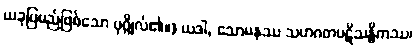
ယခုပြမည်ဖြစ်သော ပုဂ္ဂိုလ်၏။) ယဒါ, သောမနဿ သဟဂတပဋိသန္ဓိကဿ၊